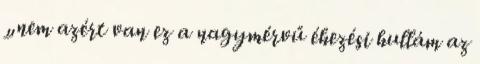
„nem azért van ez a nagymérvű éhezési hullám az